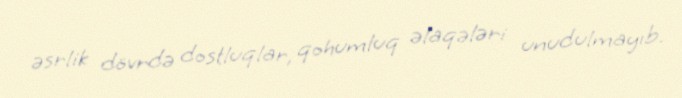
əsrlik dövrdə dostluqlar, qohumluq əlaqələri unudulmayıb.